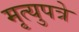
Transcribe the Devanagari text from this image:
मृत्युपत्रे